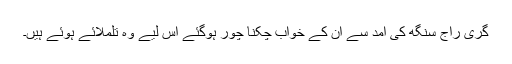
گری راج سنگھ کی آمد سے ان کے خواب چکنا چور ہوگئے اس لیے وہ تلملائے ہوئے ہیں۔